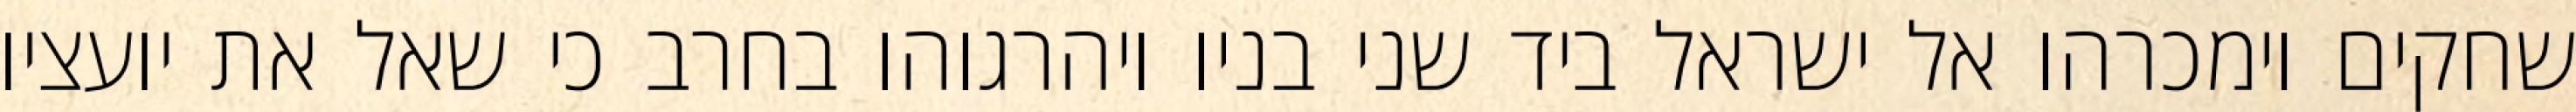
שחקים וימכרהו אל ישראל ביד שני בניו ויהרגוהו בחרב כי שאל את יועציו